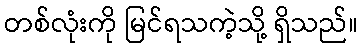
တစ်လုံးကို မြင်ရသကဲ့သို့ ရှိသည်။